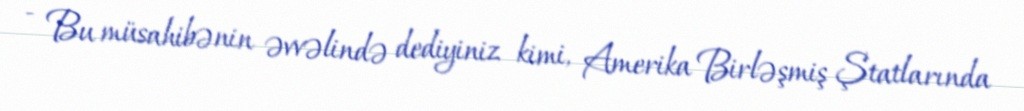
- Bu müsahibənin əvvəlində dediyiniz kimi, Amerika Birləşmiş Ştatlarında